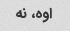
اوه، نه